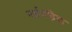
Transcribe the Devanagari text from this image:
नईगढ़िया